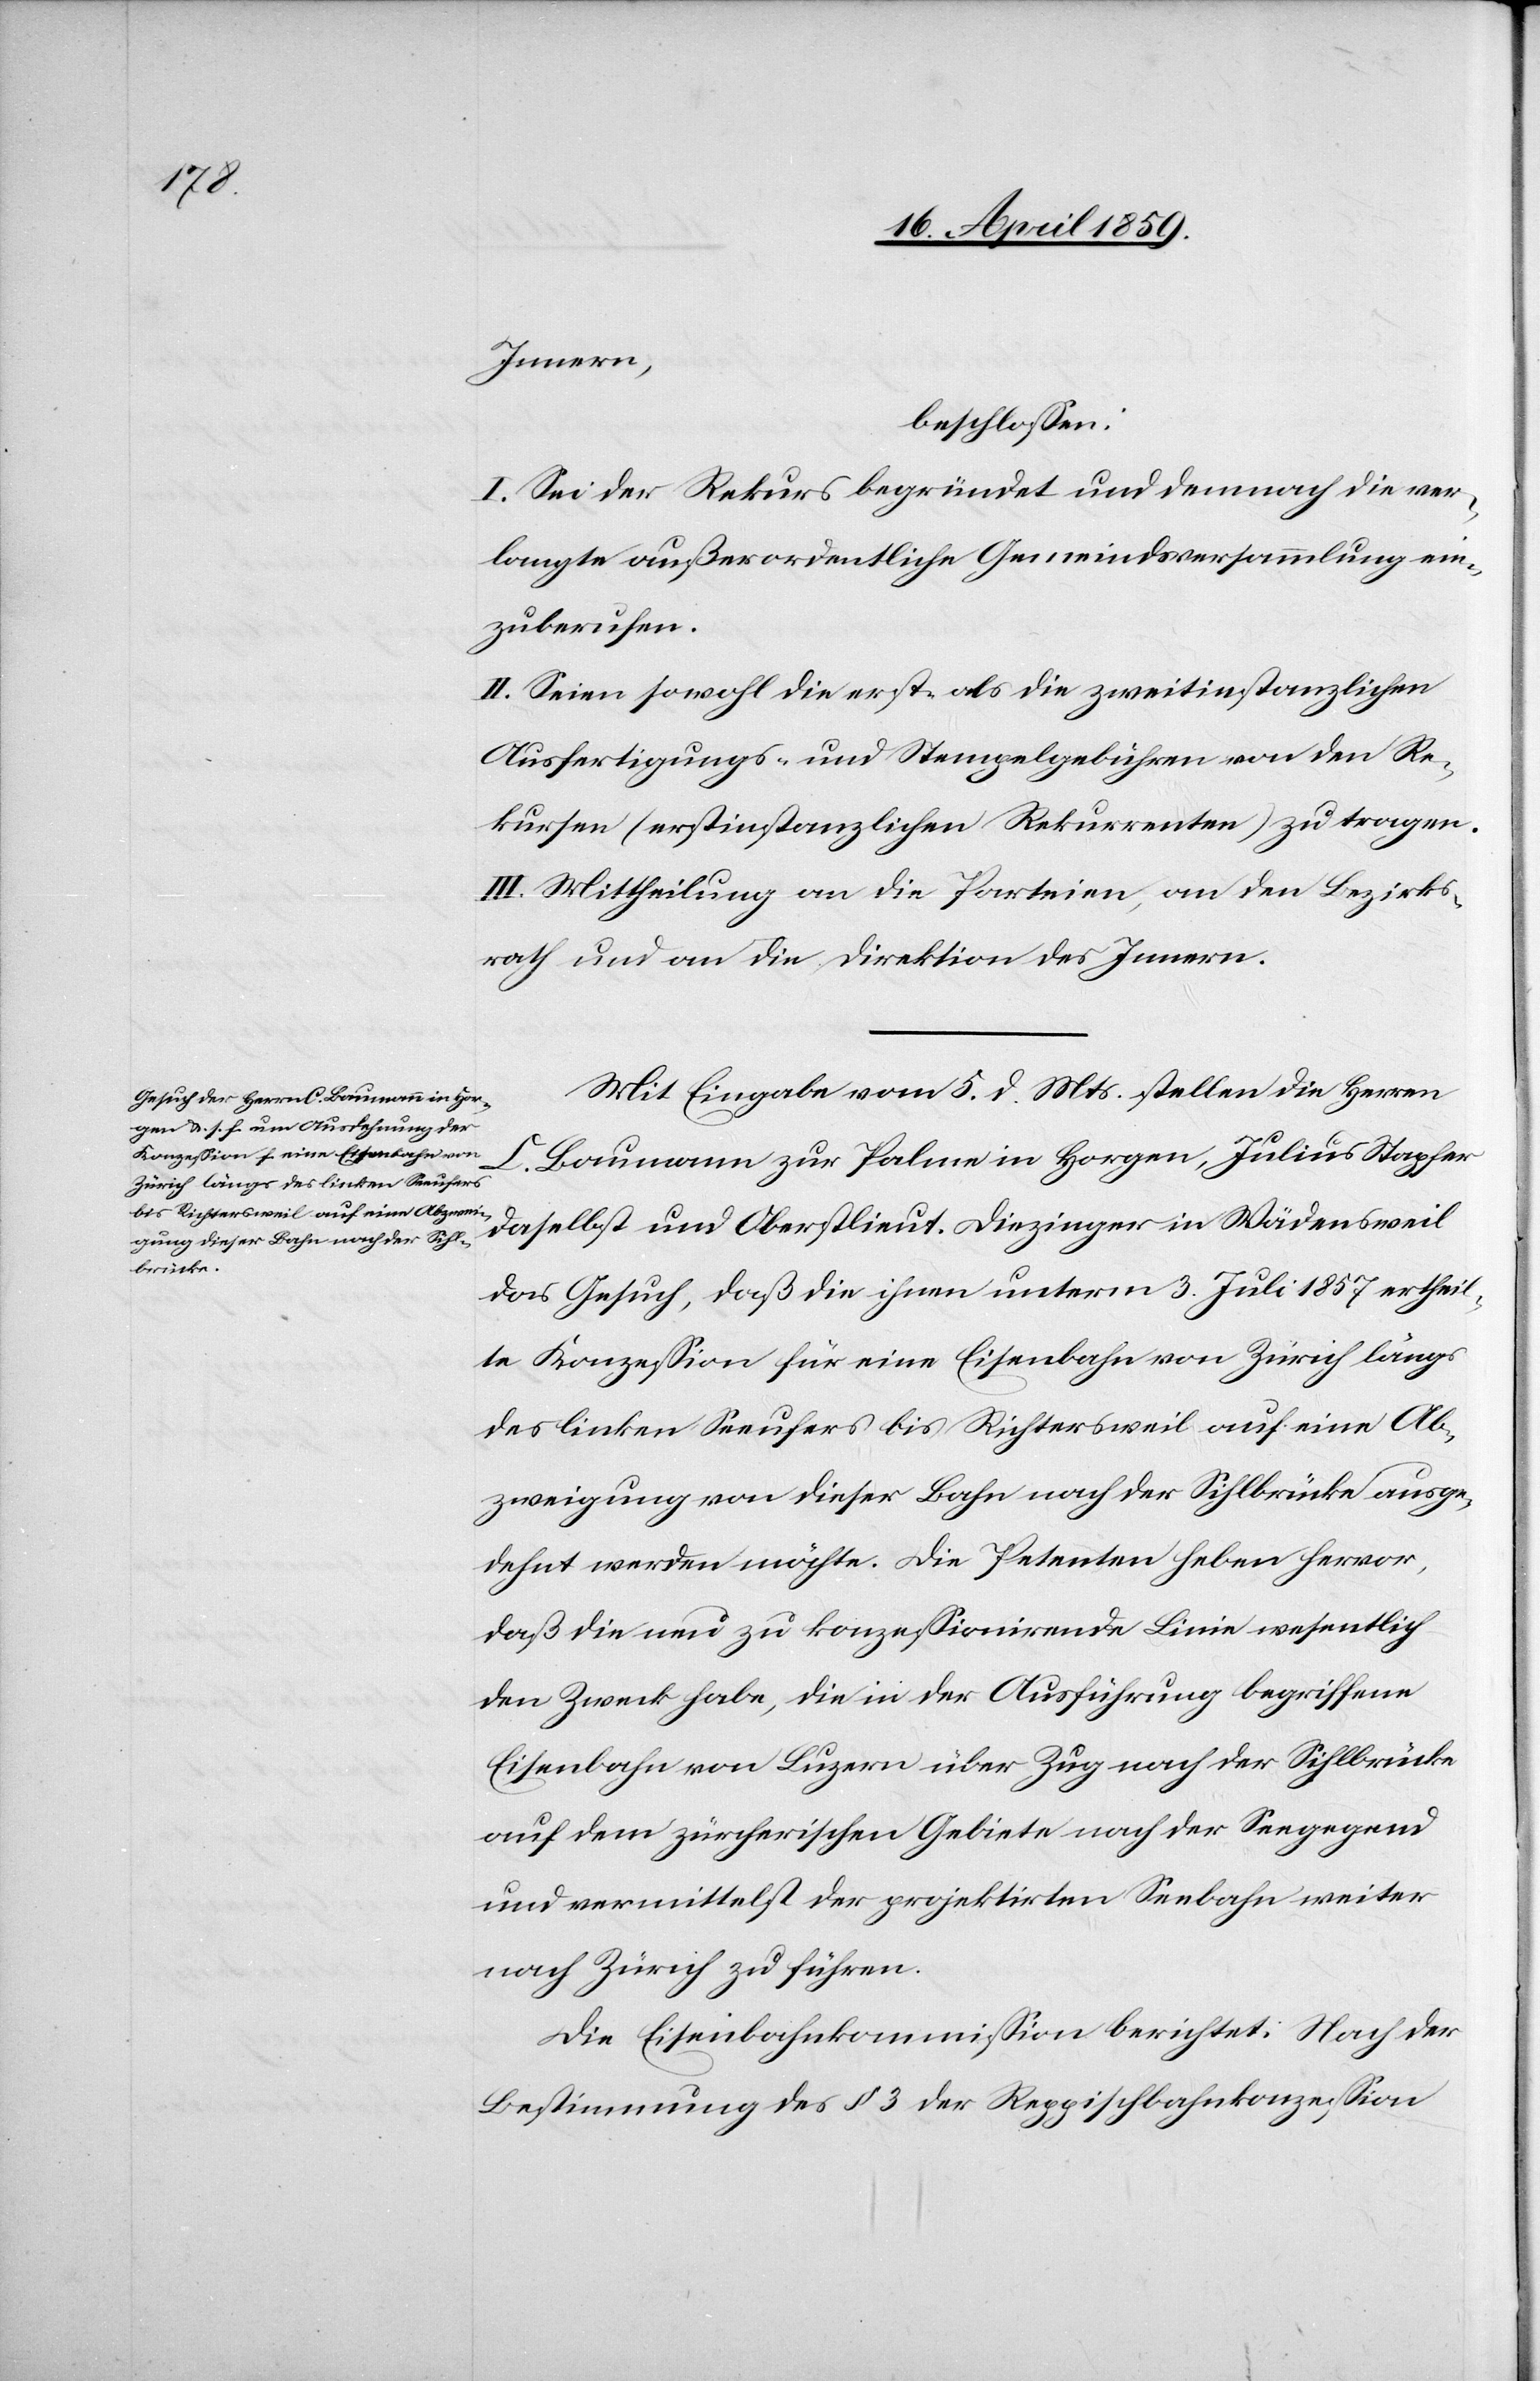
Innern,
beschloßen:
I. Sei der Rekurs begründet und demnach die ver¬
langte außerordentliche Gemeindsversammlung ein¬
zuberufen.
II. Seien sowohl die erst- als die zweitinstanzlichen
Ausfertigungs- und Stempelgebühren von den Re¬
kursen (erstinstanzlichen Rekurrenten) zu tragen.
III. Mittheilung an die Parteien, an den Bezirks¬
rath und an die Direktion des Innern.
Mit Eingabe vom 5. d. Mts. stellen die Herren
C. Baumann zur Palme in Horgen, Julius Stapfer
daselbst und Oberstlieut. Diezinger in Wädensweil
das Gesuch, daß die ihnen unterm 3. Juli 1857 ertheil¬
te Konzeßion für eine Eisenbahn von Zürich längs
des linken Seeufers bis Richtersweil auf eine Ab¬
zweigung von dieser Bahn nach der Sihlbrücke ausge¬
dehnt werden möchte. Die Petenten heben hervor,
daß die neu zu konzeßionirende Linie wesentlich
den Zweck habe, die in der Ausführung begriffene
Eisenbahn von Luzern über Zug nach der Sihlbrücke
auf dem zürcherischen Gebiete nach der Seegegend
und vermittelst der projektirten Seebahn weiter
nach Zürich zu führen.
Die Eisenbahnkommißion berichtet: Nach der
Bestimmung des § 3 der Reppischbahnkonzeßion